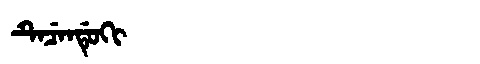
Manchu: ᡨᡝᠴᡝᠨᡩᡠᡴᡳ
Romanization: TECENDUKI